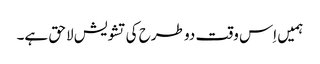
ہمیں اِس وقت دو طرح کی تشویش لاحق ہے۔